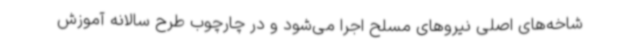
شاخه‌های اصلی نیروهای مسلح اجرا می‌شود و در چارچوب طرح سالانه آموزش